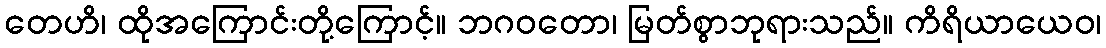
တေဟိ၊ ထိုအကြောင်းတို့ကြောင့်။ ဘဂဝတော၊ မြတ်စွာဘုရားသည်။ ကိရိယာယေဝ၊